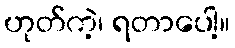
ဟုတ်ကဲ့၊ ရတာပေါ့။